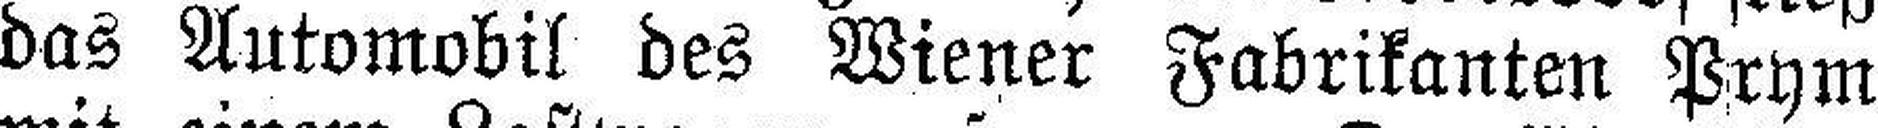
das Automobil des Wiener Fabrikanten Prym